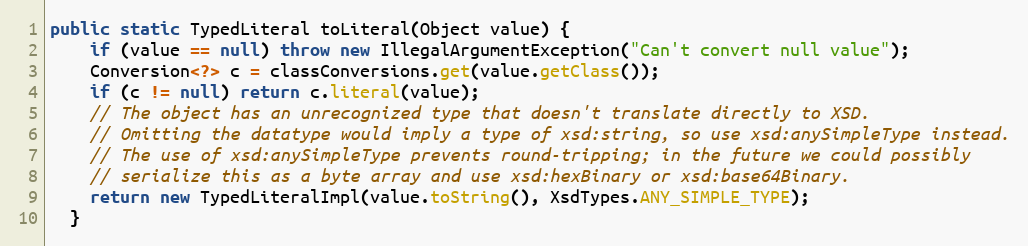
Language: Java
public static TypedLiteral toLiteral(Object value) {
    if (value == null) throw new IllegalArgumentException("Can't convert null value");
    Conversion<?> c = classConversions.get(value.getClass());
    if (c != null) return c.literal(value);
    // The object has an unrecognized type that doesn't translate directly to XSD.
    // Omitting the datatype would imply a type of xsd:string, so use xsd:anySimpleType instead.
    // The use of xsd:anySimpleType prevents round-tripping; in the future we could possibly
    // serialize this as a byte array and use xsd:hexBinary or xsd:base64Binary.
    return new TypedLiteralImpl(value.toString(), XsdTypes.ANY_SIMPLE_TYPE);
  }